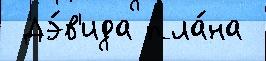
 Дэ́в'ида пла́на